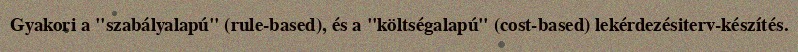
Gyakori a "szabályalapú" (rule-based), és a "költségalapú" (cost-based) lekérdezésiterv-készítés.